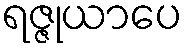
ရဇ္ဇုယာပေ